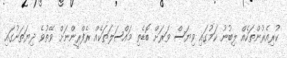
ކުރިއެރުންތަކެއް ލިބުނު ކަމުގައި ވިޔަސް ވަރަށް ބޮޑެތި މައްސަލަތަކެއް ރެފްރީންނަށް ވޭތުވެ ދިޔަތަނުގައި